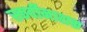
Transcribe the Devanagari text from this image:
स्कर्वीनाशक